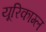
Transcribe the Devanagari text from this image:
यूरिकाम्ल